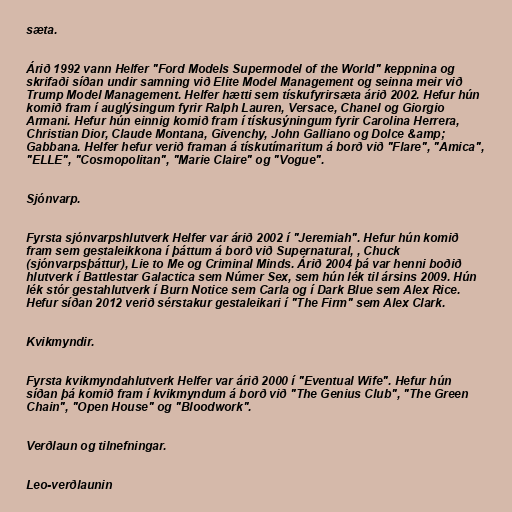
sæta.

Árið 1992 vann Helfer "Ford Models Supermodel of the World" keppnina og
skrifaði síðan undir samning við Elite Model Management og seinna meir við
Trump Model Management. Helfer hætti sem tískufyrirsæta árið 2002. Hefur hún
komið fram í auglýsingum fyrir Ralph Lauren, Versace, Chanel og Giorgio
Armani. Hefur hún einnig komið fram í tískusýningum fyrir Carolina Herrera,
Christian Dior, Claude Montana, Givenchy, John Galliano og Dolce &amp;
Gabbana. Helfer hefur verið framan á tískutímaritum á borð við "Flare", "Amica",
"ELLE", "Cosmopolitan", "Marie Claire" og "Vogue".

Sjónvarp.

Fyrsta sjónvarpshlutverk Helfer var árið 2002 í "Jeremiah". Hefur hún komið
fram sem gestaleikkona í þáttum á borð við Supernatural, , Chuck
(sjónvarpsþáttur), Lie to Me og Criminal Minds. Árið 2004 þá var henni boðið
hlutverk í Battlestar Galactica sem Númer Sex, sem hún lék til ársins 2009. Hún
lék stór gestahlutverk í Burn Notice sem Carla og í Dark Blue sem Alex Rice.
Hefur síðan 2012 verið sérstakur gestaleikari í "The Firm" sem Alex Clark.

Kvikmyndir.

Fyrsta kvikmyndahlutverk Helfer var árið 2000 í "Eventual Wife". Hefur hún
síðan þá komið fram í kvikmyndum á borð við "The Genius Club", "The Green
Chain", "Open House" og "Bloodwork".

Verðlaun og tilnefningar.

Leo-verðlaunin